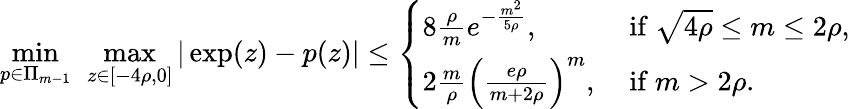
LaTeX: \operatorname*{min}_{p\in\Pi_{m-1}}\ \operatorname*{max}_{z\in[-4\rho,0]}|\exp(z)-p(z)|\leq\left\{ \begin{array}{ll}{8\frac{\rho}{m}e^{-\frac{m^{2}}{5\rho}},}&{\mathrm{~if~}\sqrt{4\rho}\leq m\leq 2\rho,}\\ {2\frac{m}{\rho}\left(\frac{e\rho}{m+2\rho}\right)^{m},}&{\mathrm{~if~}m>2\rho.}\end{array}\right.